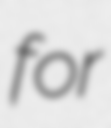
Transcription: for